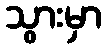
သွားမှာ